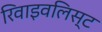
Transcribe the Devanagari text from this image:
रिवाइवलिस्ट